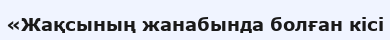
«Жақсының жанабында болған кісі